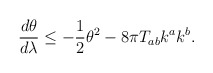
\begin{align*}\frac{d\theta}{d\lambda} \leq - \frac{1}{2} \theta^2 - 8\pi T_{ab} k^a k^b.\end{align*}